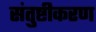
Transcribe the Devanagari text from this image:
संतुष्टीकरण